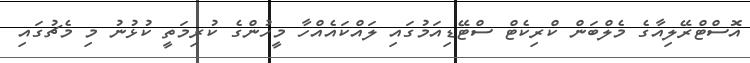
އޮސްޓްރޭލިއާގެ މެލްބަން ކްރިކެޓް ސްޓޭޑިއަމުގައި ލައްކައެއްހާ މީހުންގެ ކުރިމަތީ ކުޅުނު މި މެޗުގައި